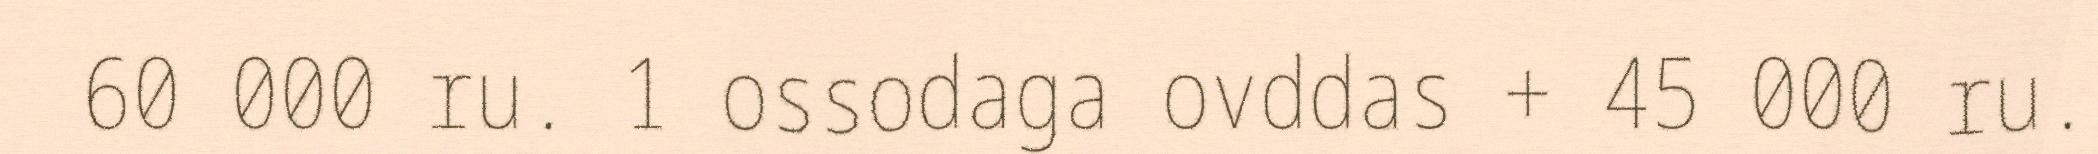
60 000 ru. 1 ossodaga ovddas + 45 000 ru.